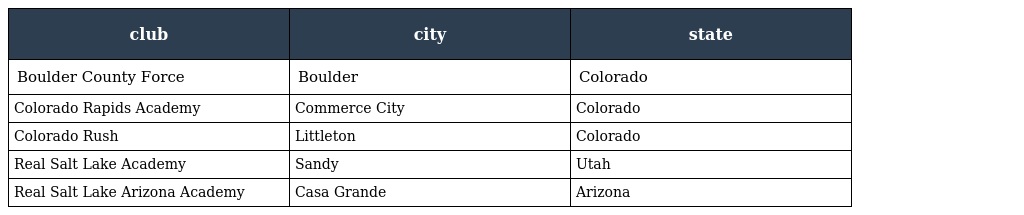
| club | city | state |
 | --- | --- | --- |
 | Boulder County Force | Boulder | Colorado |
 | Colorado Rapids Academy | Commerce City | Colorado |
 | Colorado Rush | Littleton | Colorado |
 | Real Salt Lake Academy | Sandy | Utah |
 | Real Salt Lake Arizona Academy | Casa Grande | Arizona |